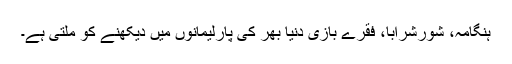
ہنگامہ، شورشرابا، فقرے بازی دُنیا بھر کی پارلیمانوں میں دیکھنے کو ملتی ہے۔